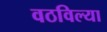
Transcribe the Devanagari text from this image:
वठविल्या